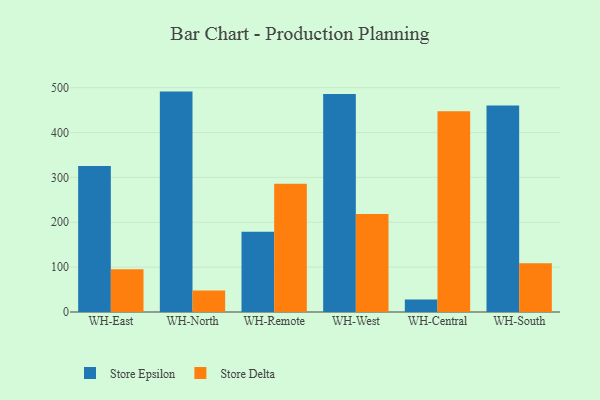
{"axis": {"x": "Warehouse", "y": "Gross Profit (USD K)"}, "legend": ["Store Delta", "Store Epsilon"], "data": [{"x": "WH-East", "y": 325.2, "type": "Store Epsilon"}, {"x": "WH-East", "y": 95.3, "type": "Store Delta"}, {"x": "WH-North", "y": 491.3, "type": "Store Epsilon"}, {"x": "WH-North", "y": 47.8, "type": "Store Delta"}, {"x": "WH-Remote", "y": 178.7, "type": "Store Epsilon"}, {"x": "WH-Remote", "y": 286.0, "type": "Store Delta"}, {"x": "WH-West", "y": 486.1, "type": "Store Epsilon"}, {"x": "WH-West", "y": 218.4, "type": "Store Delta"}, {"x": "WH-Central", "y": 28.1, "type": "Store Epsilon"}, {"x": "WH-Central", "y": 447.5, "type": "Store Delta"}, {"x": "WH-South", "y": 460.4, "type": "Store Epsilon"}, {"x": "WH-South", "y": 108.9, "type": "Store Delta"}]}